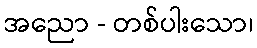
အညော - တစ်ပါးသော၊